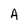
Character: A